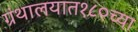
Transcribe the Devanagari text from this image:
ग्रंथालयात१८०च्या